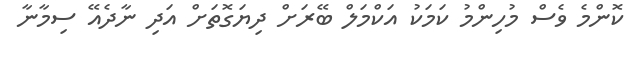
ކޮންމެ ވެސް މުހިންމު ކަމަކު އަކްމަލް ބޭރަށް ދިޔަގޮތަށް އަދި ނާދެއޭ ސިމާނާ